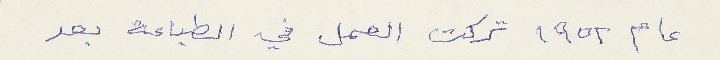
عام ١٩٥٢ تركت العمل في الطباعة بعد